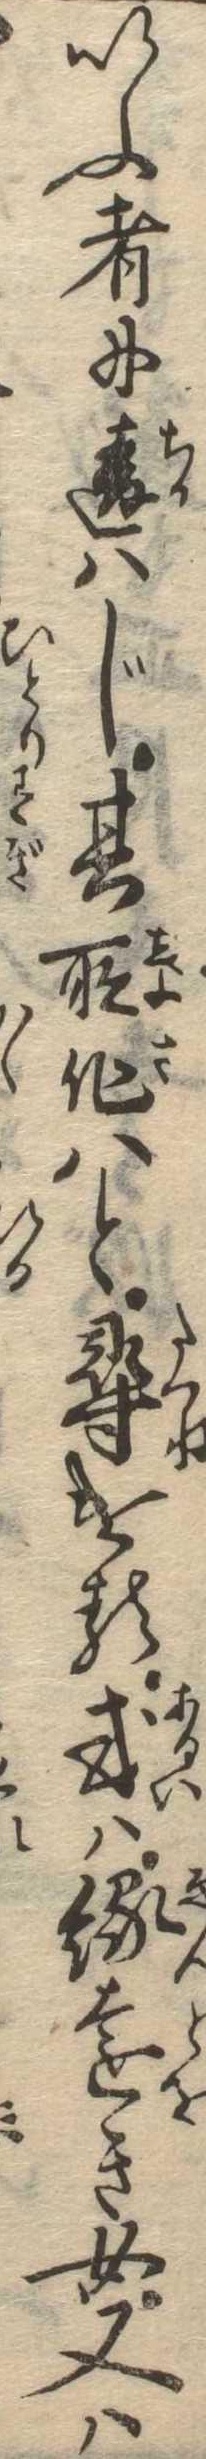
いふ者に違はじ其所作はと尋ける或は縁遠き女又は